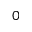
0